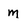
Character: m